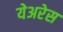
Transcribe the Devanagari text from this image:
येअरेस